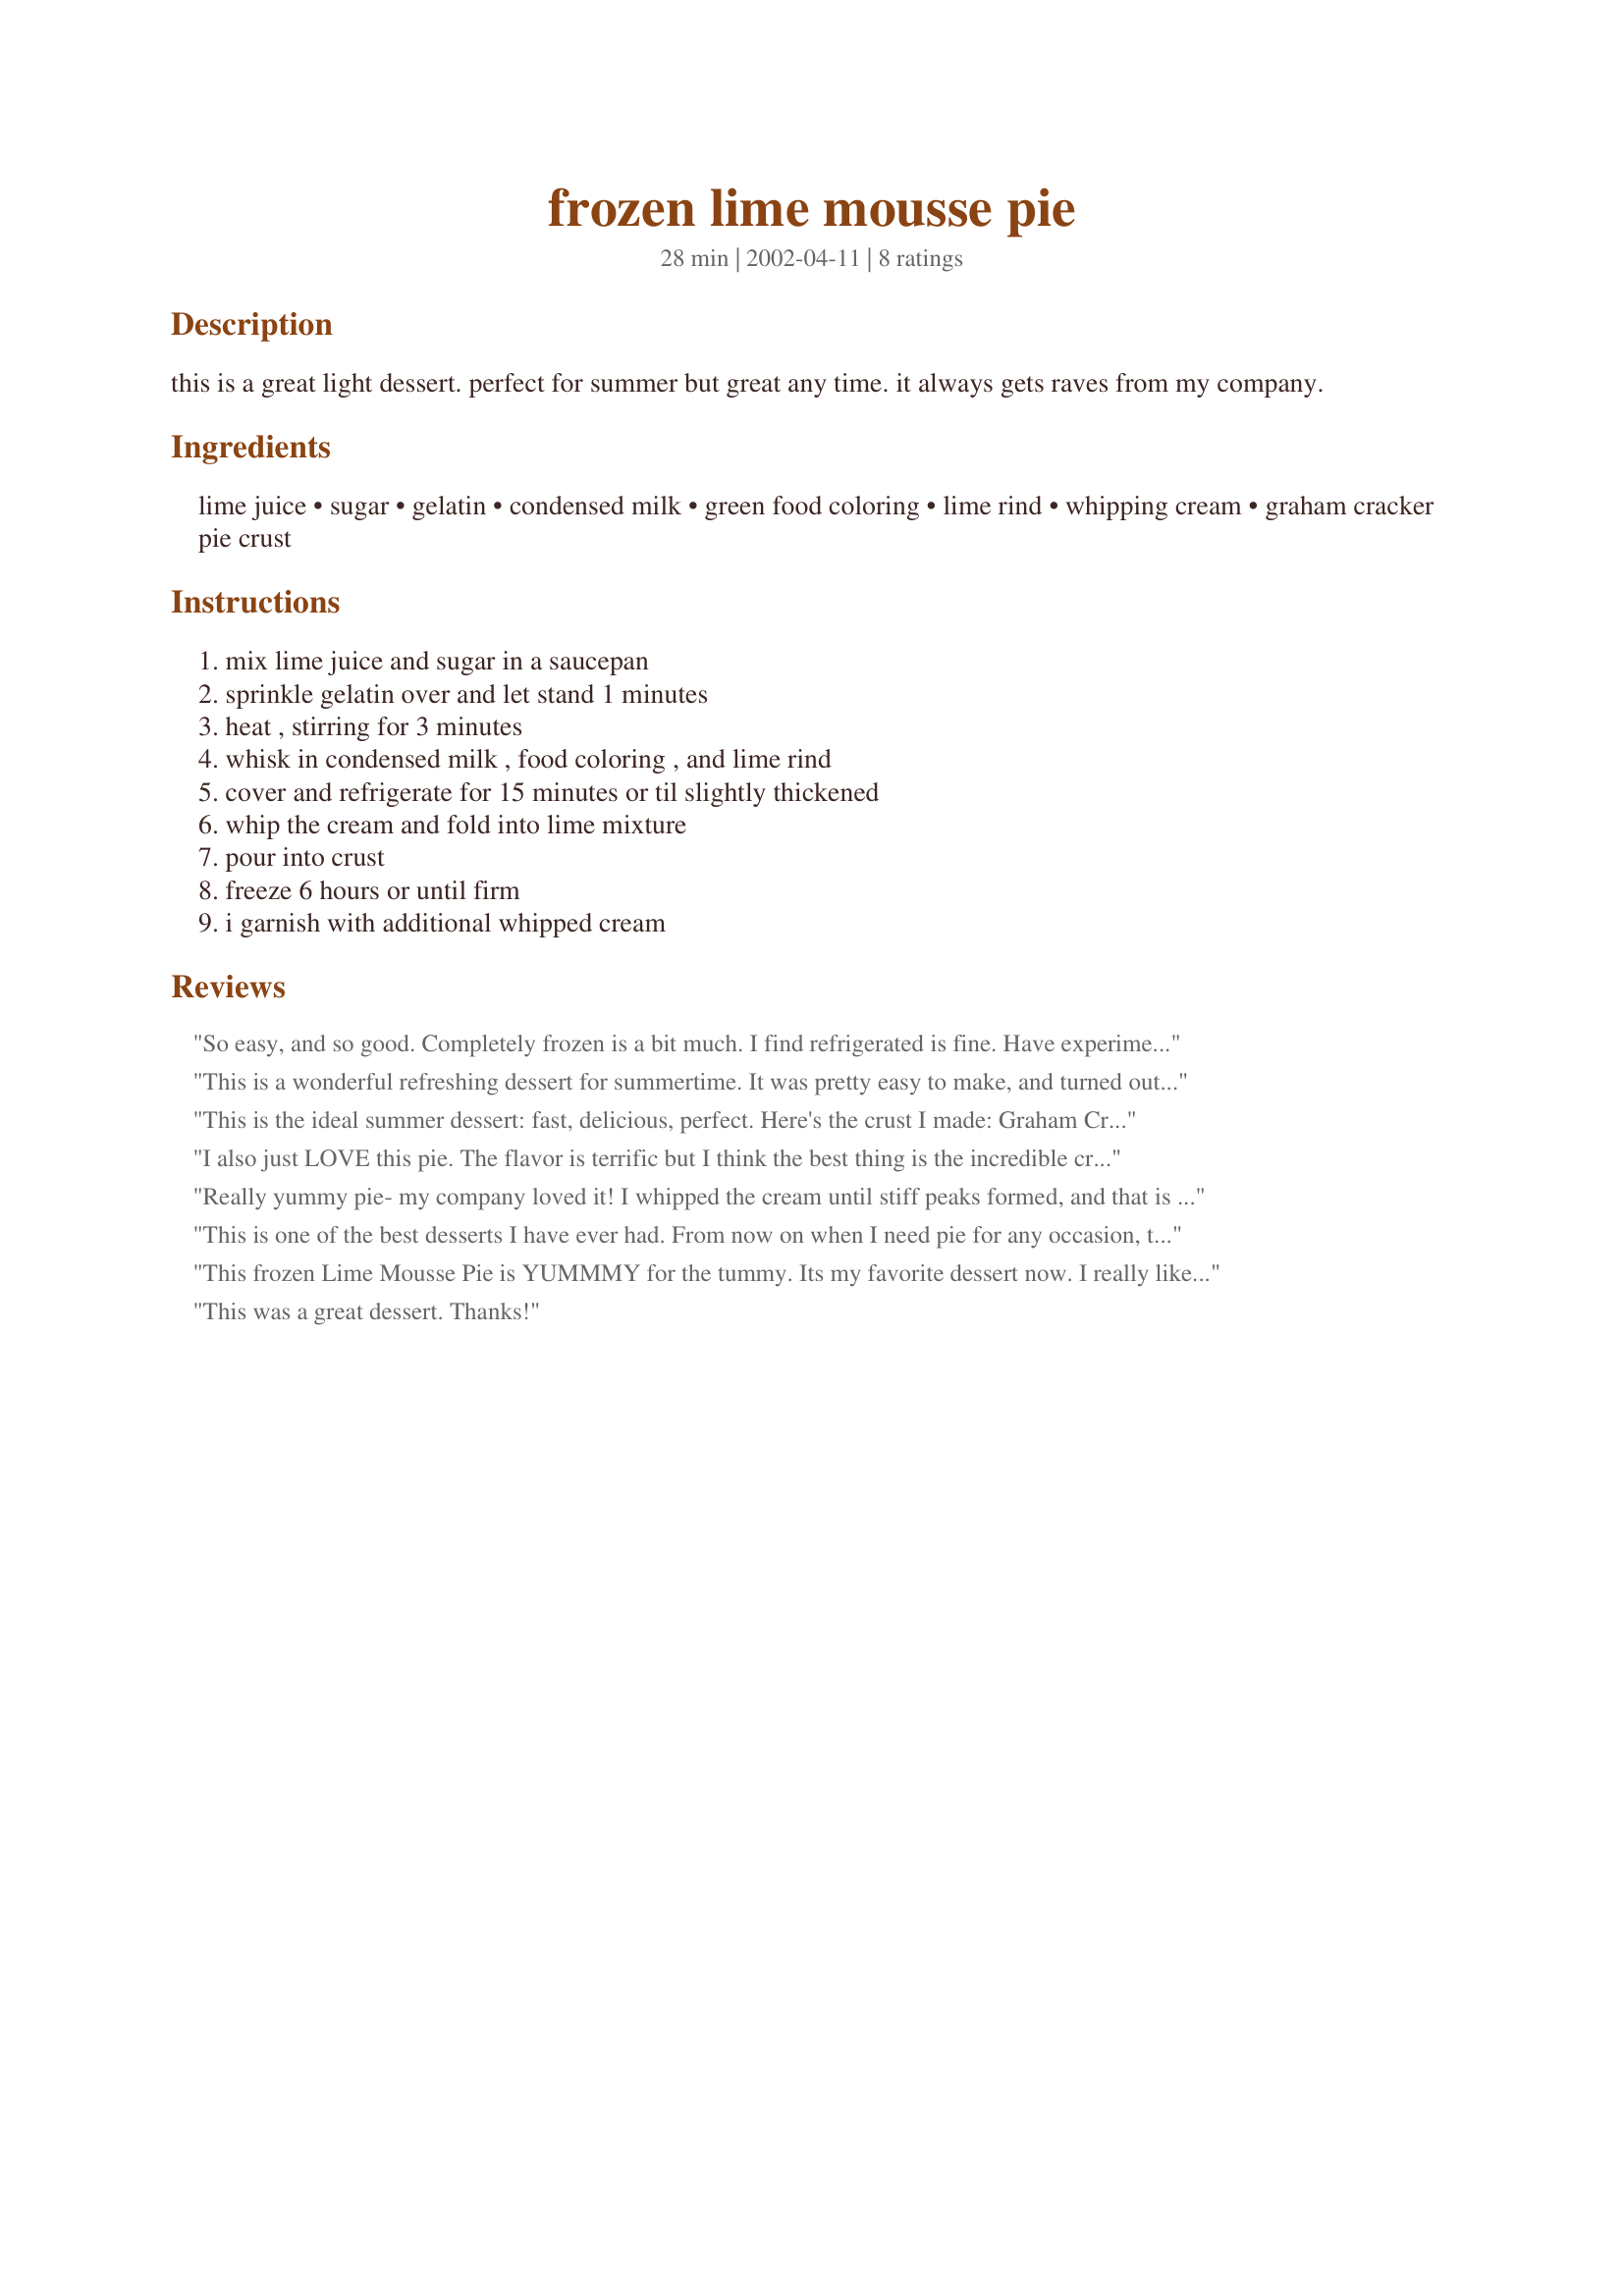
frozen lime mousse pie
Preparation time: 28 minutes

this is a great light dessert. perfect for summer but great any time. it always gets raves from my company.

Ingredients:
lime juice, sugar, gelatin, condensed milk, green food coloring, lime rind, whipping cream, graham cracker pie crust

Steps:
mix lime juice and sugar in a saucepan, sprinkle gelatin over and let stand 1 minutes, heat , stirring for 3 minutes, whisk in condensed milk , food coloring , and lime rind, cover and refrigerate for 15 minutes or til slightly thickened, whip the cream and fold into lime mixture, pour into crust, freeze 6 hours or until firm, i garnish with additional whipped cream

Reviews:
So easy, and so good. Completely frozen is a bit much. I find refrigerated is fine. Have experimented by replacing the lime juice with other strong tart juices, and adjusting the sugar down for sweeter juices. Works great. Like pure cranberry, blueberry, pomegranate, and sour cherry juices w/ no sweeteners added... all work great. Some dried fruit of the same kind as the juice, or complementary in flavor, sprinkled over the top is a nice finish.
This is a wonderful refreshing dessert for summertime. It was pretty easy to make, and turned out beautifully. My MIL asked for the recipe so that's a score! Thanks!
This is the ideal summer dessert: fast, delicious, perfect. Here's the crust I made:

Graham Cracker Pie crust for one 9” pie
1) Preheat oven to 350F. 
2) To 1 and 2/3 cups graham cracker crumbs (I crushed Nabisco Honey grahams in the f.p., then measured) add one Tablesp sugar. 
3) Melt 6 Tablesp butter and mix. 
4) Pat into a disposable 8 3/4” pan. 
5) Bake 8 minutes. Cool.

To make the construction of this pie easier, clear off a space for the pie in your freezer FIRST. It will make your pie sit evenly in the freezer and you don't have to struggle to fit it into the freezer at the very end.

I don't know about the green food coloring --I may skip this next time. It got all over everything and looked weird.


I also just LOVE this pie. The flavor is terrific but I think the best thing is the incredible creamy texture. Definately akeeper
Really yummy pie- my company loved it! I whipped the cream until stiff peaks formed, and that is a little too much. I'll try just whipping until 'Cool Whip' consistency. I also left out the lime rind and it didn't seem to matter.
This is one of the best desserts I have ever had.
From now on when I need pie for any occasion, this is the one I'll take. Three people ate this pie in 15 minutes. Delicious
This frozen Lime Mousse Pie is YUMMMY for the tummy. Its my favorite dessert now. I really like going to her home for special dinners cause she fixes it. Its YUMMY so you need to try it!!!
This was a great dessert. Thanks!
